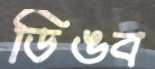
ডিঙব